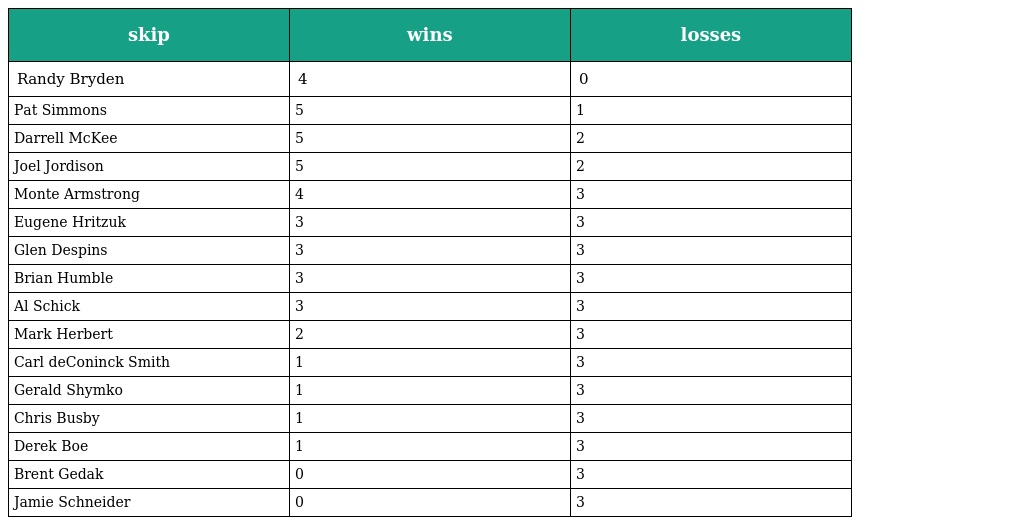
| skip | wins | losses |
 | --- | --- | --- |
 | Randy Bryden | 4 | 0 |
 | Pat Simmons | 5 | 1 |
 | Darrell McKee | 5 | 2 |
 | Joel Jordison | 5 | 2 |
 | Monte Armstrong | 4 | 3 |
 | Eugene Hritzuk | 3 | 3 |
 | Glen Despins | 3 | 3 |
 | Brian Humble | 3 | 3 |
 | Al Schick | 3 | 3 |
 | Mark Herbert | 2 | 3 |
 | Carl deConinck Smith | 1 | 3 |
 | Gerald Shymko | 1 | 3 |
 | Chris Busby | 1 | 3 |
 | Derek Boe | 1 | 3 |
 | Brent Gedak | 0 | 3 |
 | Jamie Schneider | 0 | 3 |